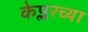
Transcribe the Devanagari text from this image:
केप्लरच्या